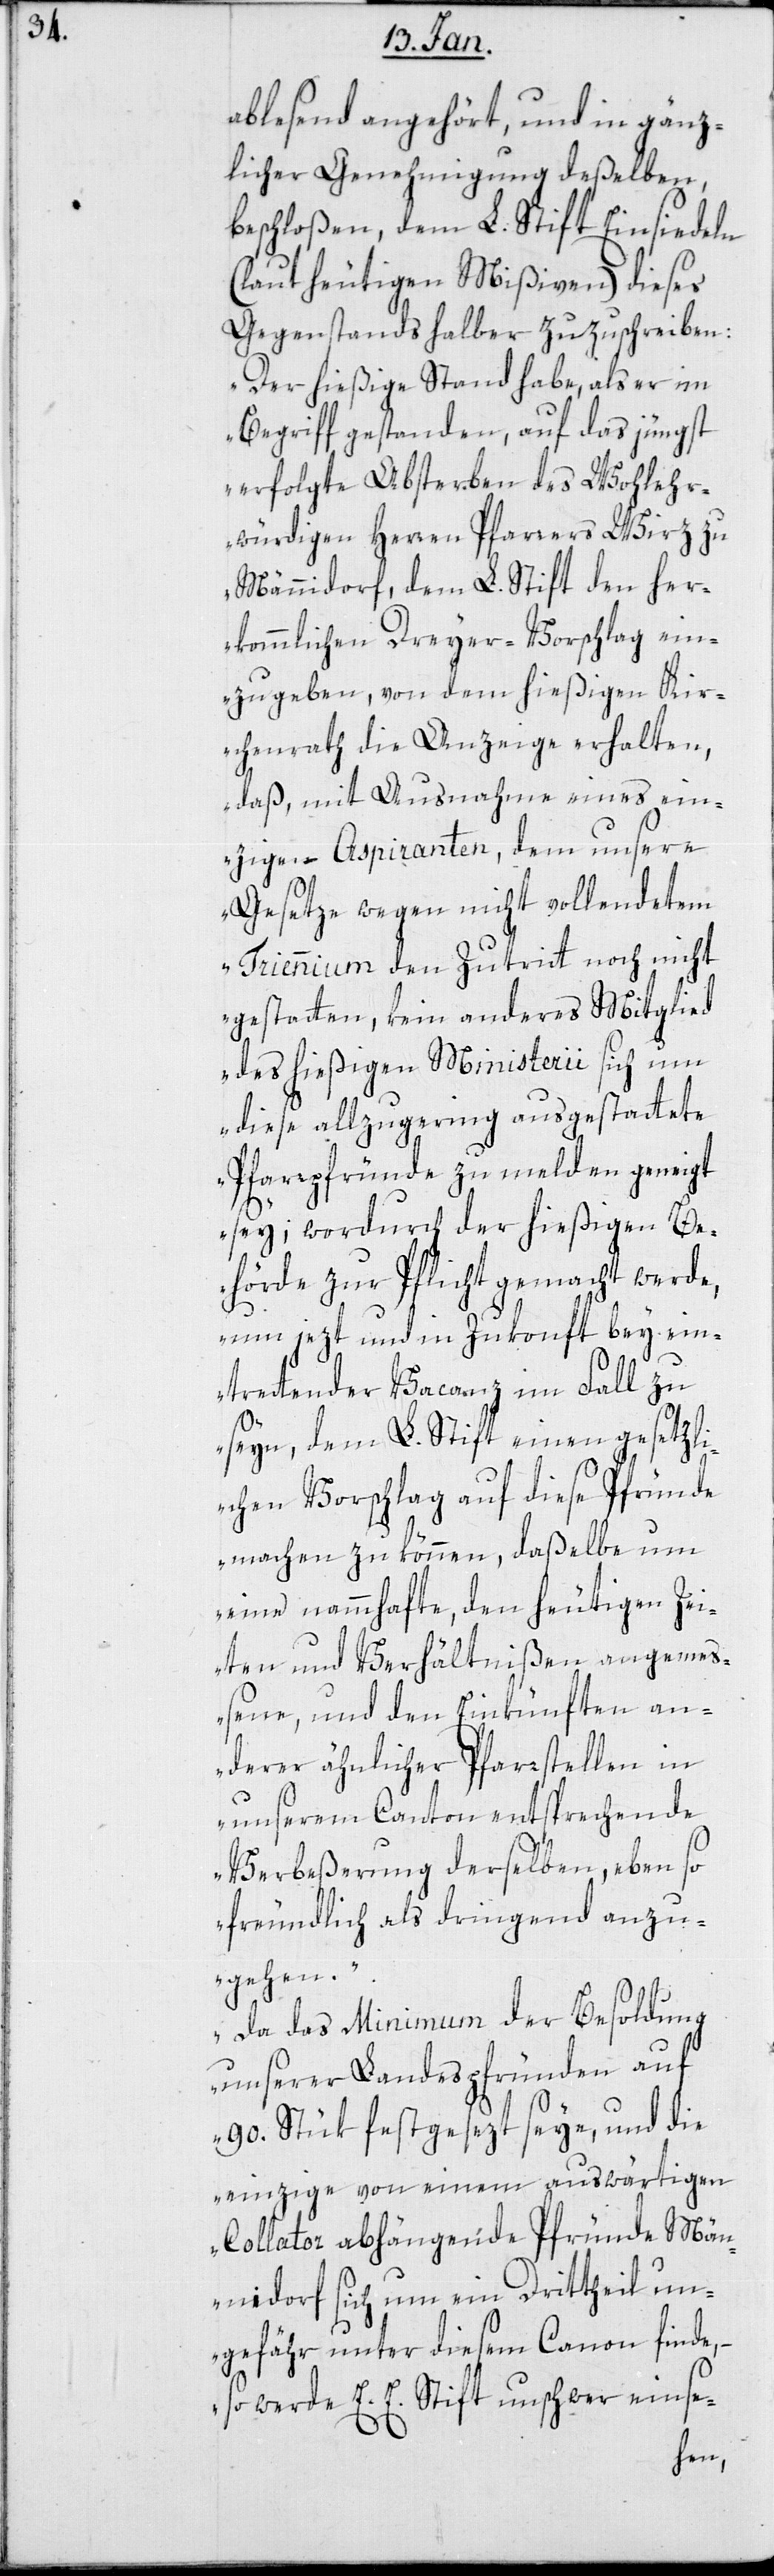
ablesend angehört, und in gänz¬
licher Genehmigung deßelben
beschloßen, dem L. Stift Einsiedeln
(laut heutigen Mißiven) dieses
Gegenstands halber zuzuschreiben:
„Der hießige Stand habe, als er im
Begriff gestanden, auf das jüngst
erfolgte Absterben des wohlerwür¬
ehrwürdigen Herren Pfarrers Wirz zu
Männidorf, dem L. Stift den her¬
kömmlichen Dreyervorschlag ein¬
zugeben, von dem hießigen Kir¬
chenrath die Anzeige erhalten,
daß, mit Ausnahme eines ein¬
zigen Aspiranten, dem unsere
Gesetze wegen nicht vollendetem
Triennium den Zutritt noch nicht
gestatten, kein anderes Mitglied
des hießigen Ministerii sich um
diese allzugering ausgestattete
Pfarrpfründe zu melden geneigt
sey; wordurch der hießigen Be¬
hörde zur Pflicht gemacht werde,
um jetzt und in Zukonft bey ein¬
tretender Vacanz im Fall zu
sein, dem L. Stift einen gesetzli¬
chen Vorschlag auf diese Pfründe
machen zu können, daßelbe um
eine namhafte, den heutigen Zei¬
ten und Verhältnißen angemes¬
sene, und den Einkünften an¬
derer ähnlicher Pfarrstellen in
unserem Canton entsprechende
Verbeßerung derselben, ebenso
freundlich als dringend anzu¬
gehen.
Da das Minimum der Besoldung
unserer Landespfründen auf
90 Stück festgesetzt seye, und die
einzige von einem auswärtigen
Collator abhängende Pfründe Män¬
nidorf sich um ein Dritttheil un¬
gefähr unter diesem Canon finde,
so werde E. E. Stift unschwer einse-
Hoch¬